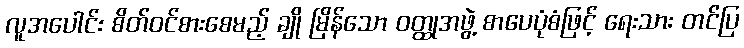
လူအပေါင်း စိတ်ဝင်စားစေမည့် ချို မြိန်သော ဝတ္ထုအဖွဲ့ စာပေပုံစံဖြင့် ရေးသား တင်ပြ